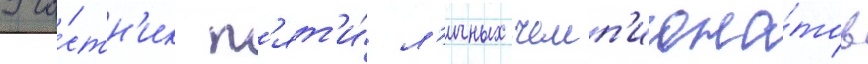
Уча́стн'ик п'ят'и́ л'ичных чемп'иона́тов